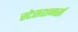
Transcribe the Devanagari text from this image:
स्टेसशनर्स